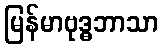
မြန်မာဗုဒ္ဓဘာသာ